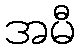
အမီ